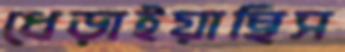
ধেড়াইয়াছিস